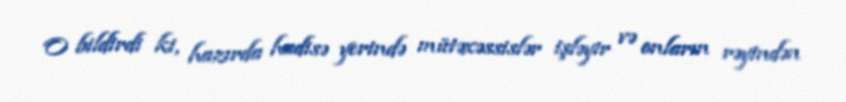
O bildirdi ki, hazırda hadisə yerində mütəxəssislər işləyir və onların rəyindən